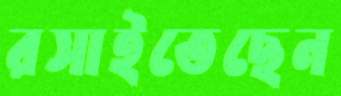
রসাইতেছেন